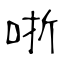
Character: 哳